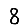
Digit: 8